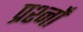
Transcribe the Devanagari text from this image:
प्रश्नोँ